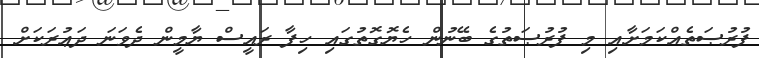
ފުރުޞަތެއްކަމަށާއި މި ފުރުޞަތުގެ ބޭނުން ހެޔޮގޮތުގައި ހިފާ ރައީސް ޔާމީން ދެވަނަ ދަޢުރަކަށް